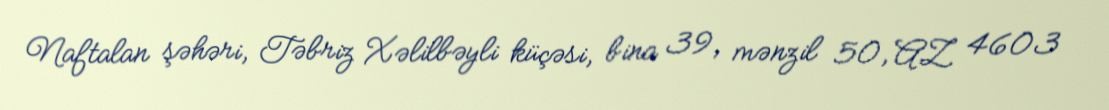
Naftalan şəhəri, Təbriz Xəlilbəyli küçəsi, bina 39, mənzil 50, AZ 4603